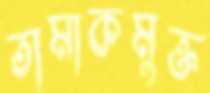
তামাকমুক্ত